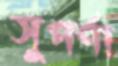
সুপর্ণা